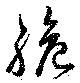
脆